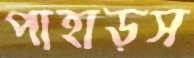
পাহাড়স